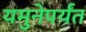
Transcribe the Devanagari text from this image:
यमुनेपर्यंत